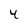
Character: 4